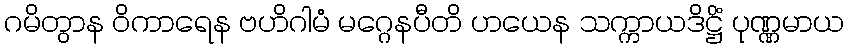
ဂမိတွာန ဝိကာရေန ဗဟိဂါမံ မဂ္ဂေနပီတိ ဟယေန သက္ကာယဒိဋ္ဌိံ ပုဏ္ဏမာယ